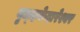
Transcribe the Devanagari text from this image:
बृध्दकेदारेश्वर